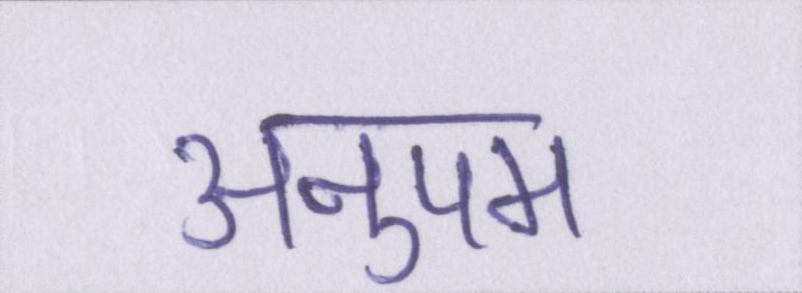
अनुपम